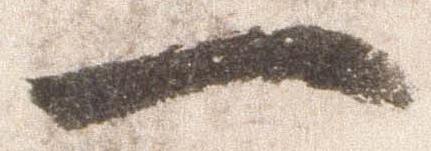
一